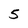
Character: 5